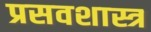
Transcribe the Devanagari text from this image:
प्रसवशास्त्र